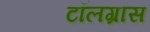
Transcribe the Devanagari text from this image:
टॉलग्रास